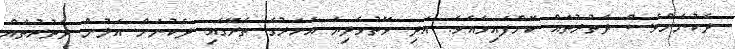
ދެކުނަށްވެސް ދަތުރުތައް ކޮށްފައިވެއެވެ. އަދި ވޭތުވެދިޔަ އަހަރުގެ ތެރޭގައި ދެކުނަށް އަލުން ދަތުރުތައް